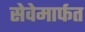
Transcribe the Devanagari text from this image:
सेवेमार्फत